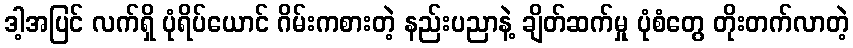
ဒါ့အပြင် လက်ရှိ ပုံရိပ်ယောင် ဂိမ်းကစားတဲ့ နည်းပညာနဲ့ ချိတ်ဆက်မှု ပုံစံတွေ တိုးတက်လာတဲ့